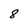
Character: 8